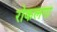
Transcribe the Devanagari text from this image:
रोकलगा